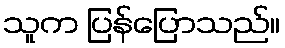
သူက ပြန်ပြောသည်။